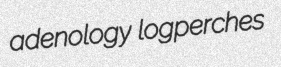
adenology logperches